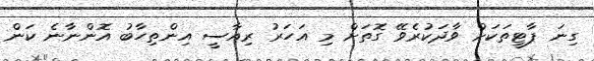
ގިނަ ޕާޓީތަކަށް ވާދަކުރެވޭ ގޮތަށް މި އަހަރު ރިއާސީ އިންތިހާބު އޮންނާނެ ކަން